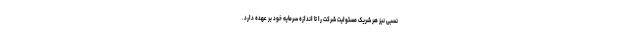
نسبی نیز هر شریک مسئولیت شرکت را تا اندازه سرمایه خود بر عهده دارد.